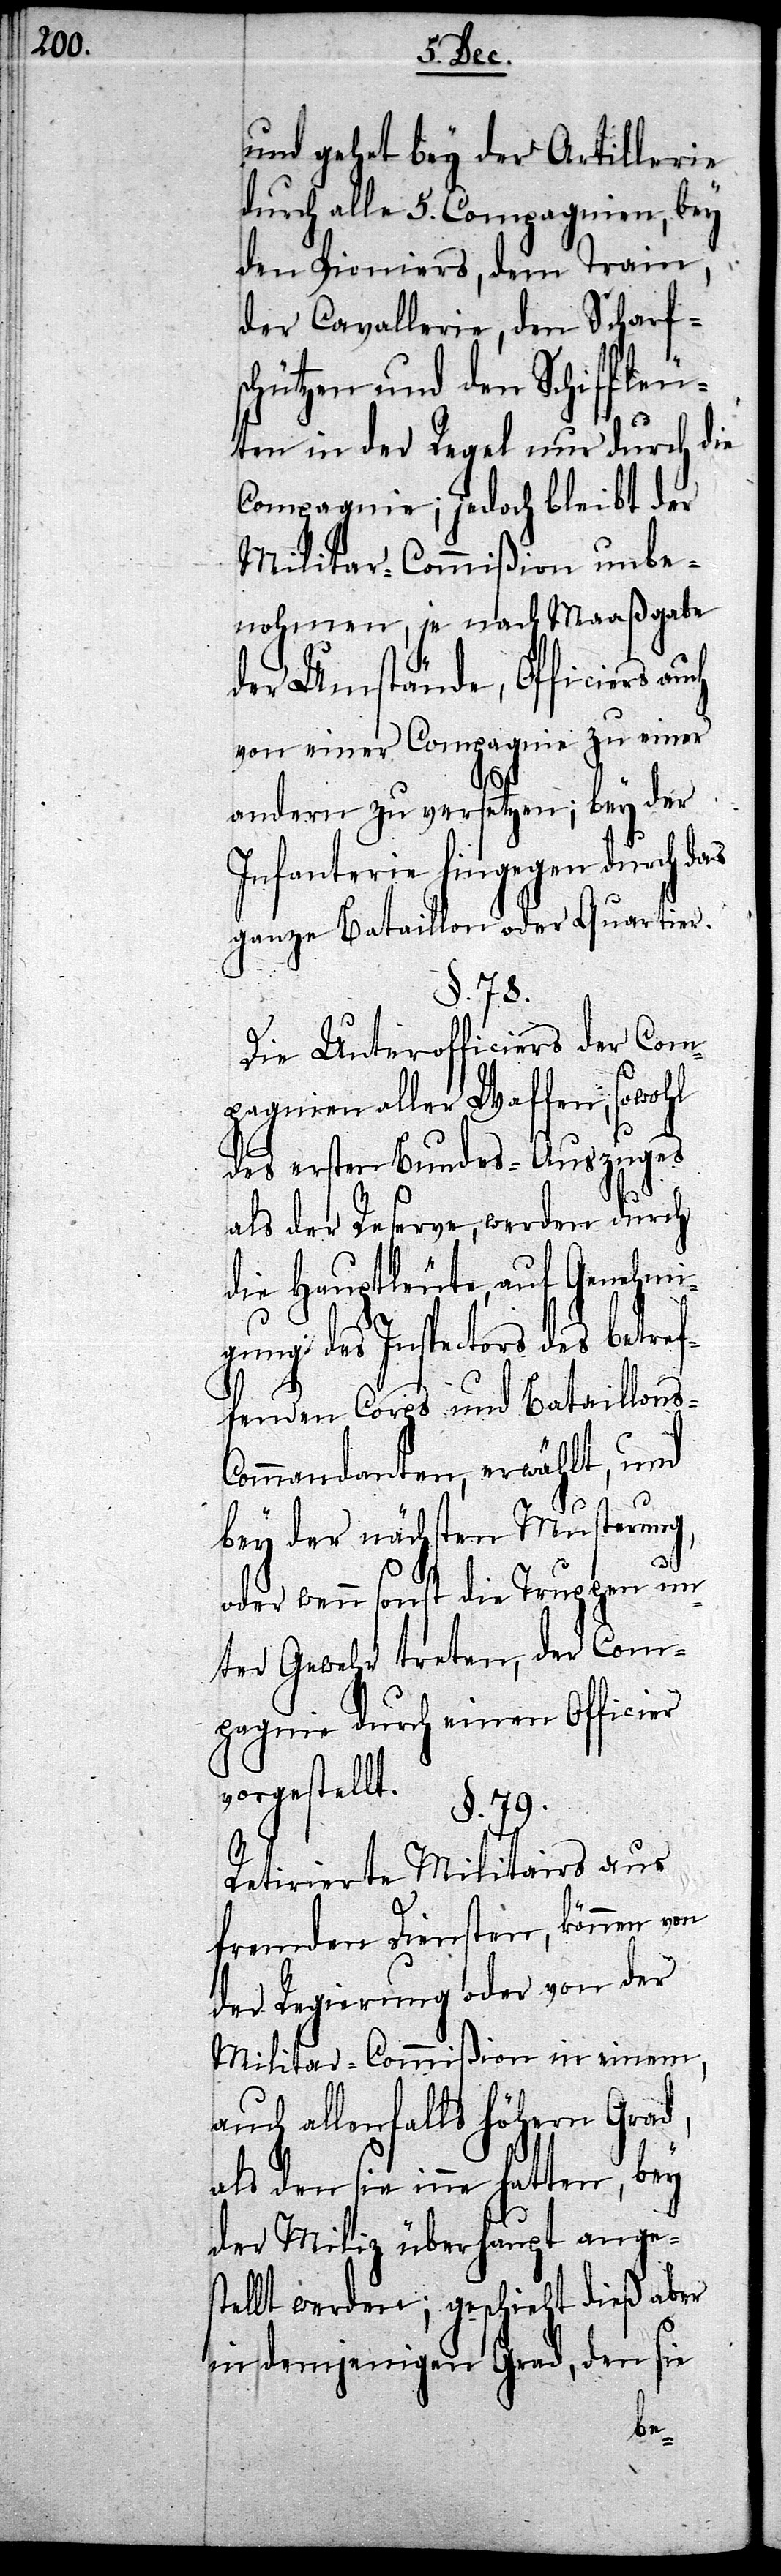
und gehet bey der Artillerie
durch alle 5. Compagnien, bey
den Pioniers, dem Train,
der Cavallerie, den Scharf¬
schützen und den Schiffleu¬
ten in der Regel nur durch die
Compagnie; jedoch bleibt der
Militar-Commißion unbe¬
nohmen, je nach Maaßgabe
der Umstände, Officiers
von einer Compagnie zu einer
andern zu versetzen; bey der
Infanterie hingegen durch das
ganze Bataillon oder Quartier.
§. 78.
Die Unterofficiers der Com¬
pagnien aller Waffen, sowohl
des ersten Bundes-Auszuges
als der Reserve, werden durch
die Hauptleute, auf Genehmi¬
gung des Inspectors des betref¬
fenden Corps und Bataillons-C¬
ommandanten, erwählt, und
bey der nächsten Musterung,
oder wenn sonst die Truppen un¬
ter Gewehr treten, der Com¬
pagnie durch einen Officier
vorgestellt.
§. 79.
Retirierte Militairs aus
fremden Diensten, können von
der Regierung oder von der
Militar-Commißion in einem,
auch allenfalls höhern Grad,
als den sie inne hatten, bey
der Miliz überhaupt anges¬
tellt werden; geschieht dieß aber
in demjenigen Grad, den sie